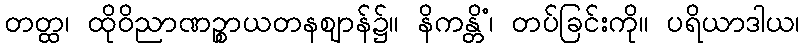
တတ္ထ၊ ထိုဝိညာဏဉ္စာယတနဈာန်၌။ နိကန္တိံ၊ တပ်ခြင်းကို။ ပရိယာဒါယ၊